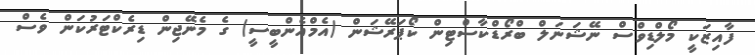
ފާއިޒަކީ މޯލްޑިވްސް ނޭޝަނަލް ބްރޯޑްކާސްޓިން ކޯޕަރޭޝަން (އެމްއެންބީސީ) ގެ މެނޭޖިން ޑިރެކްޓަރުކަން ވެސް